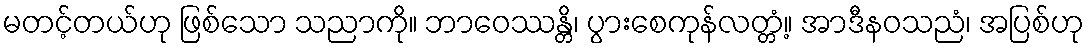
မတင့်တယ်ဟု ဖြစ်သော သညာကို။ ဘာဝေဿန္တိ၊ ပွားစေကုန်လတ္တံ့။ အာဒီနဝသညံ၊ အပြစ်ဟု